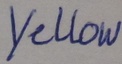
Text: Yellow